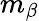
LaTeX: m_{\beta}